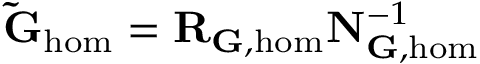
\mathbf { \tilde { G } } _ { \mathrm { h o m } } = \mathbf { R } _ { \mathbf { G } , \mathrm { h o m } } \mathbf { N } _ { \mathbf { G } , \mathrm { h o m } } ^ { - 1 }